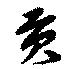
貢